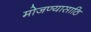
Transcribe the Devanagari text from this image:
मोजण्यासाठि